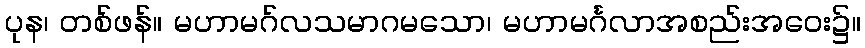
ပုန၊ တစ်ဖန်။ မဟာမဂ်လသမာဂမသော၊ မဟာမင်္ဂလာအစည်းအဝေး၌။